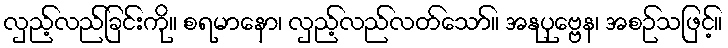
လှည့်လည်ခြင်းကို။ စရမာနော၊ လှည့်လည်လတ်သော်။ အနုပုဗ္ဗေန၊ အစဉ်သဖြင့်။